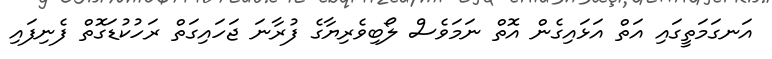
އަނގަމަތީގައި އަތް އަޅައިގެން އޮތް ނަމަވެސް ލޯބިވެރިޔާގެ ފުރާނަ ޖަހައިގަތް ރަހުކުޑަގޮތް ފެނިފައި